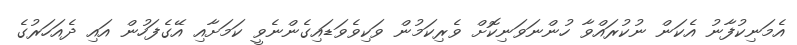
އެމަނިކުފާނު އެކަން ނުކުރައްވާ ހުންނަވަނިކޮށް ވެރިކަމުން ވަކިވެވަޑައިގެންނެވީ ކަމަށާއި އޭގެފަހުން އައި ދެއަހަރުގެ